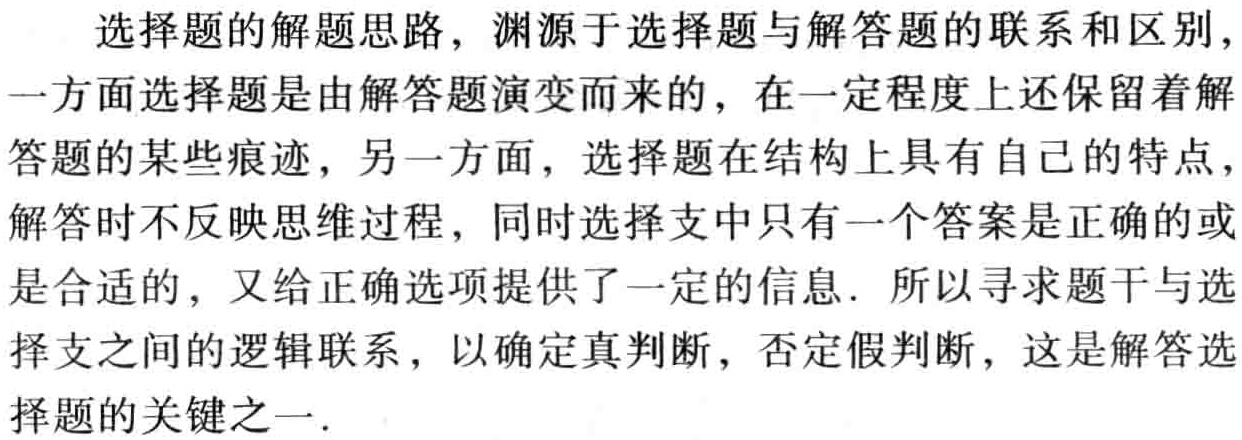
选择题的解题思路，渊源于选择题与解答题的联系和区别，一方面选择题是由解答题演变而来的，在一定程度上还保留着解答题的某些痕迹，另一方面，选择题在结构上具有自己的特点，解答时不反映思维过程，同时选择支中只有一个答案是正确的或是合适的，又给正确选项提供了一定的信息. 所以寻求题干与选择支之间的逻辑联系，以确定真判断，否定假判断，这是解答选择题的关键之一.